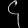
Digit: ၄